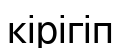
кірігіп